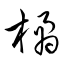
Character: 橘